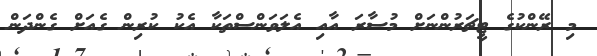
މި ރޭންކުގެ ޓީޗަރުންނަށް މުސާރަ އާއި އެލަވަންސްތަކާ އެކު ކުރިން ގެއަށް ގެންދަން